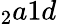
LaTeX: _2a1d